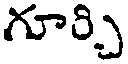
గూర్చి